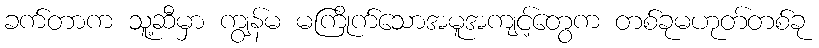
ခက်တာက သူ့ဆီမှာ ကျွန်မ မကြိုက်သောအမူအကျင့်တွေက တစ်ခုမဟုတ်တစ်ခု